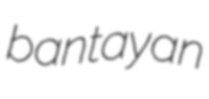
bantayan